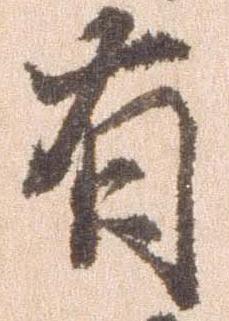
有